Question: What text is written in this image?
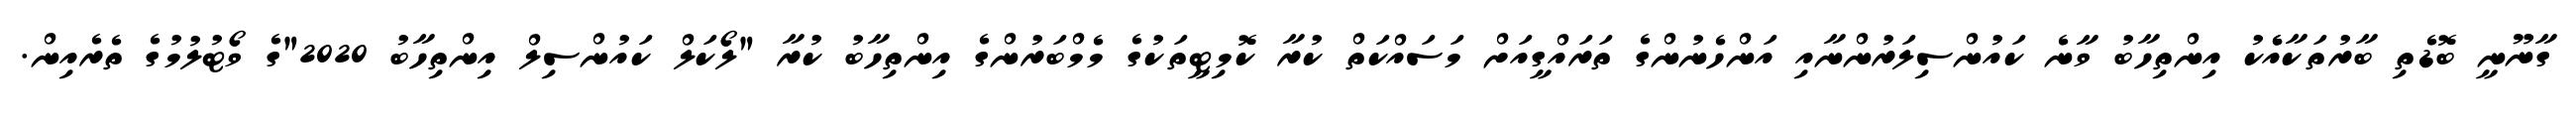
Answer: ގާނޫނީ ބޮޑެތި ބާރުތަކާއެެކު އިންތިހާބު ވާނެ ކައުންސިލަރުންނާއި އަންހެނުންގެ ތަރައްގީއަށް މަސައްކަތް ކުރާ ކޮމިޓީތަކުގެ މެމްބަރުންގެ އިންތިހާބު ކުރާ "ލޯކަލް ކައުންސިލް އިންތިހާބު 2020"ގެ ވޯޓުލުމުގެ ތެރެއިން.